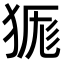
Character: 𭸔